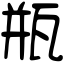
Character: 瓶